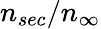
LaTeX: n_{sec}/n_{\infty}